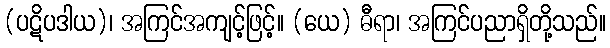
(ပဋိပဒါယ)၊ အကြင်အကျင့်ဖြင့်။ (ယေ) ဓီရာ၊ အကြင်ပညာရှိတို့သည်။